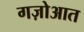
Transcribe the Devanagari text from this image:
गज़ोआत